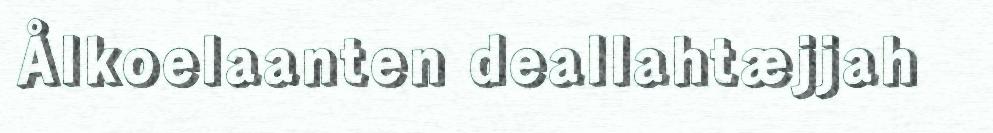
Ålkoelaanten deallahtæjjah